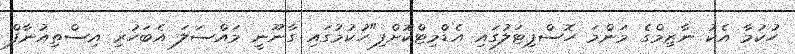
ހުކުމާ އެކު ނާޒިމްގެ މަންމަ ހޮސްޕިޓަލުގައި އެޑްމިޓްކޮށްފި"ހުކުމުގައި ގާނޫނީ މައްސަލަ އެބަހުރި އިސްތިއުނާފް